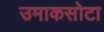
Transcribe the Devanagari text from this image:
उमाकसोटा